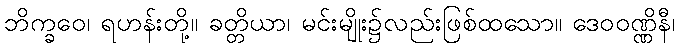
ဘိက္ခဝေ၊ ရဟန်းတို့။ ခတ္တိယာ၊ မင်းမျိုး၌လည်းဖြစ်ထသော။ ဒေဝဝဏ္ဏိနီ၊